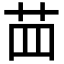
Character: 𦭝